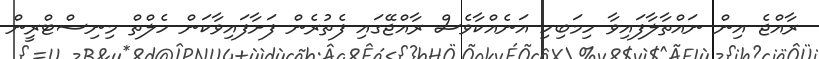
ރާއްޖެ އިން ނައްތާލާފައިވާ ހިމަބިހި އަނެއްކާވެސް ރާއްޖޭގައި ފެތުރެން ފަށާފައިވާކަން ހެލްތް މިނިސްޓްރީން